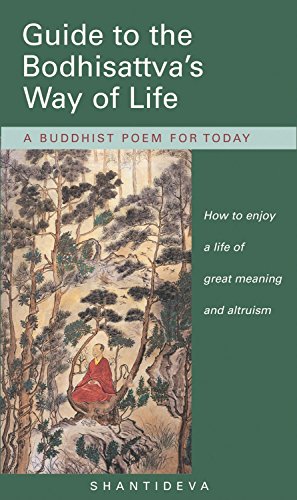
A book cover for Guide to the Bodhisattva's Way of Life: How to enjoy a life of great meaning and altruism; Shantideva; Religion & Spirituality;